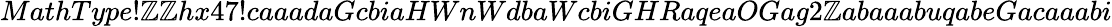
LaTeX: MathType!\mathbb{Z}\mathbb{Z}hx47!caaadaGcbiaHWnWdbaWcbiGHRaqeaOGag2\mathbb{Z}abaaabuqabeGacaaabi